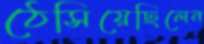
ঠেসিয়েছিলেন